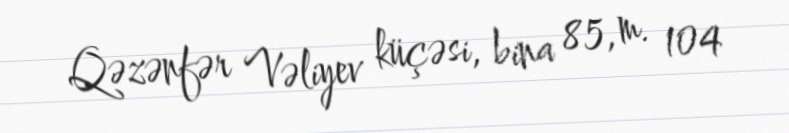
Qəzənfər Vəliyev küçəsi, bina 85, m. 104